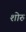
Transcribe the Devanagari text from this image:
शोरु